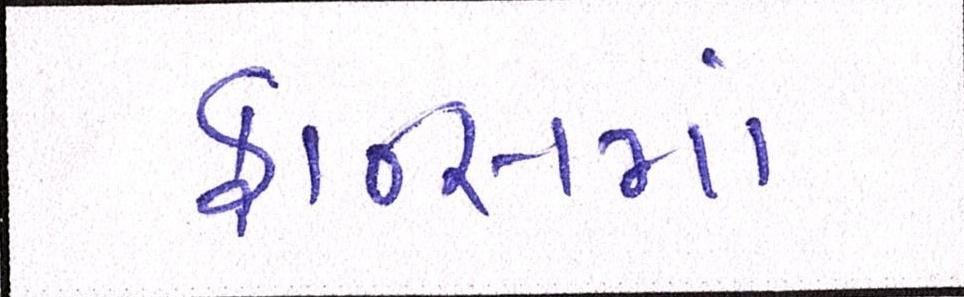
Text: ફ્રાન્સમાં